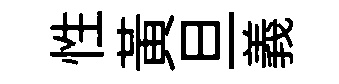
性黄旦義